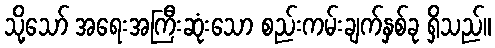
သို့သော် အရေးအကြီးဆုံးသော စည်းကမ်းချက်နှစ်ခု ရှိသည်။